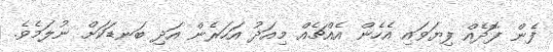
ފެން ފޮދެއް ފިޔަވައި އެހެން އެއްޗެއް މިއަދު އަހަރެން އަދި ބަނޑަކަށް ނުލަމެވެ.